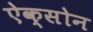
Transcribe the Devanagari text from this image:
ऐक्सोन